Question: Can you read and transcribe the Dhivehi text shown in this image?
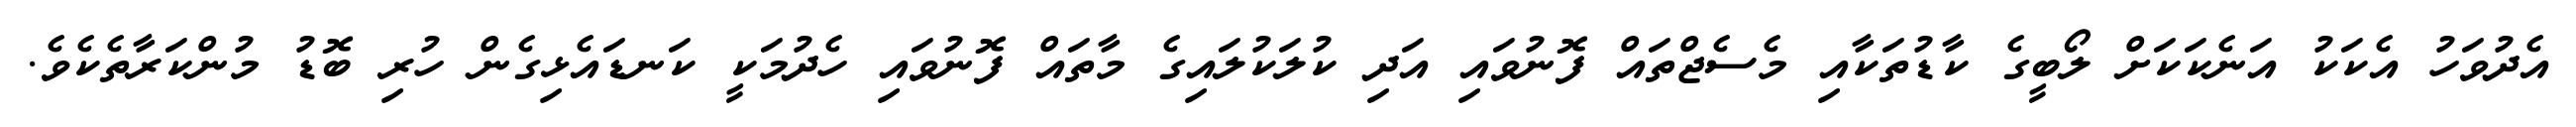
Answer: އެދުވަހު އެކަކު އަނެކަކަށް ލޯބީގެ ކާޑުތަކާއި މެސެޖްތައް ފޮނުވައި އަދި ކުލަކުލައިގެ މާތައް ފޮނުވައި ހެދުމަކީ ކަނޑައެޅިގެން ހުރި ބޮޑު މުންކަރާތެކެވެ.